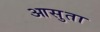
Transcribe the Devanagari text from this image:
आसुता